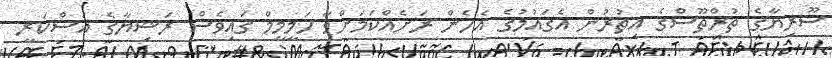
ސޫރިޔާގެ ތުރްތޫސްގެ އިތުރުން އެގައުމުގެ އެހެން ރަށެއްކަމަށްވާ ހަމީމީމް ގައިވެސް ރަޝިޔާގެ އަސްކަރީ